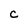
Character: C